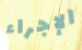
الإجراء